65_HS1-834228961_62-HQ-83894_Section_7
Agency: FBI
Page 7
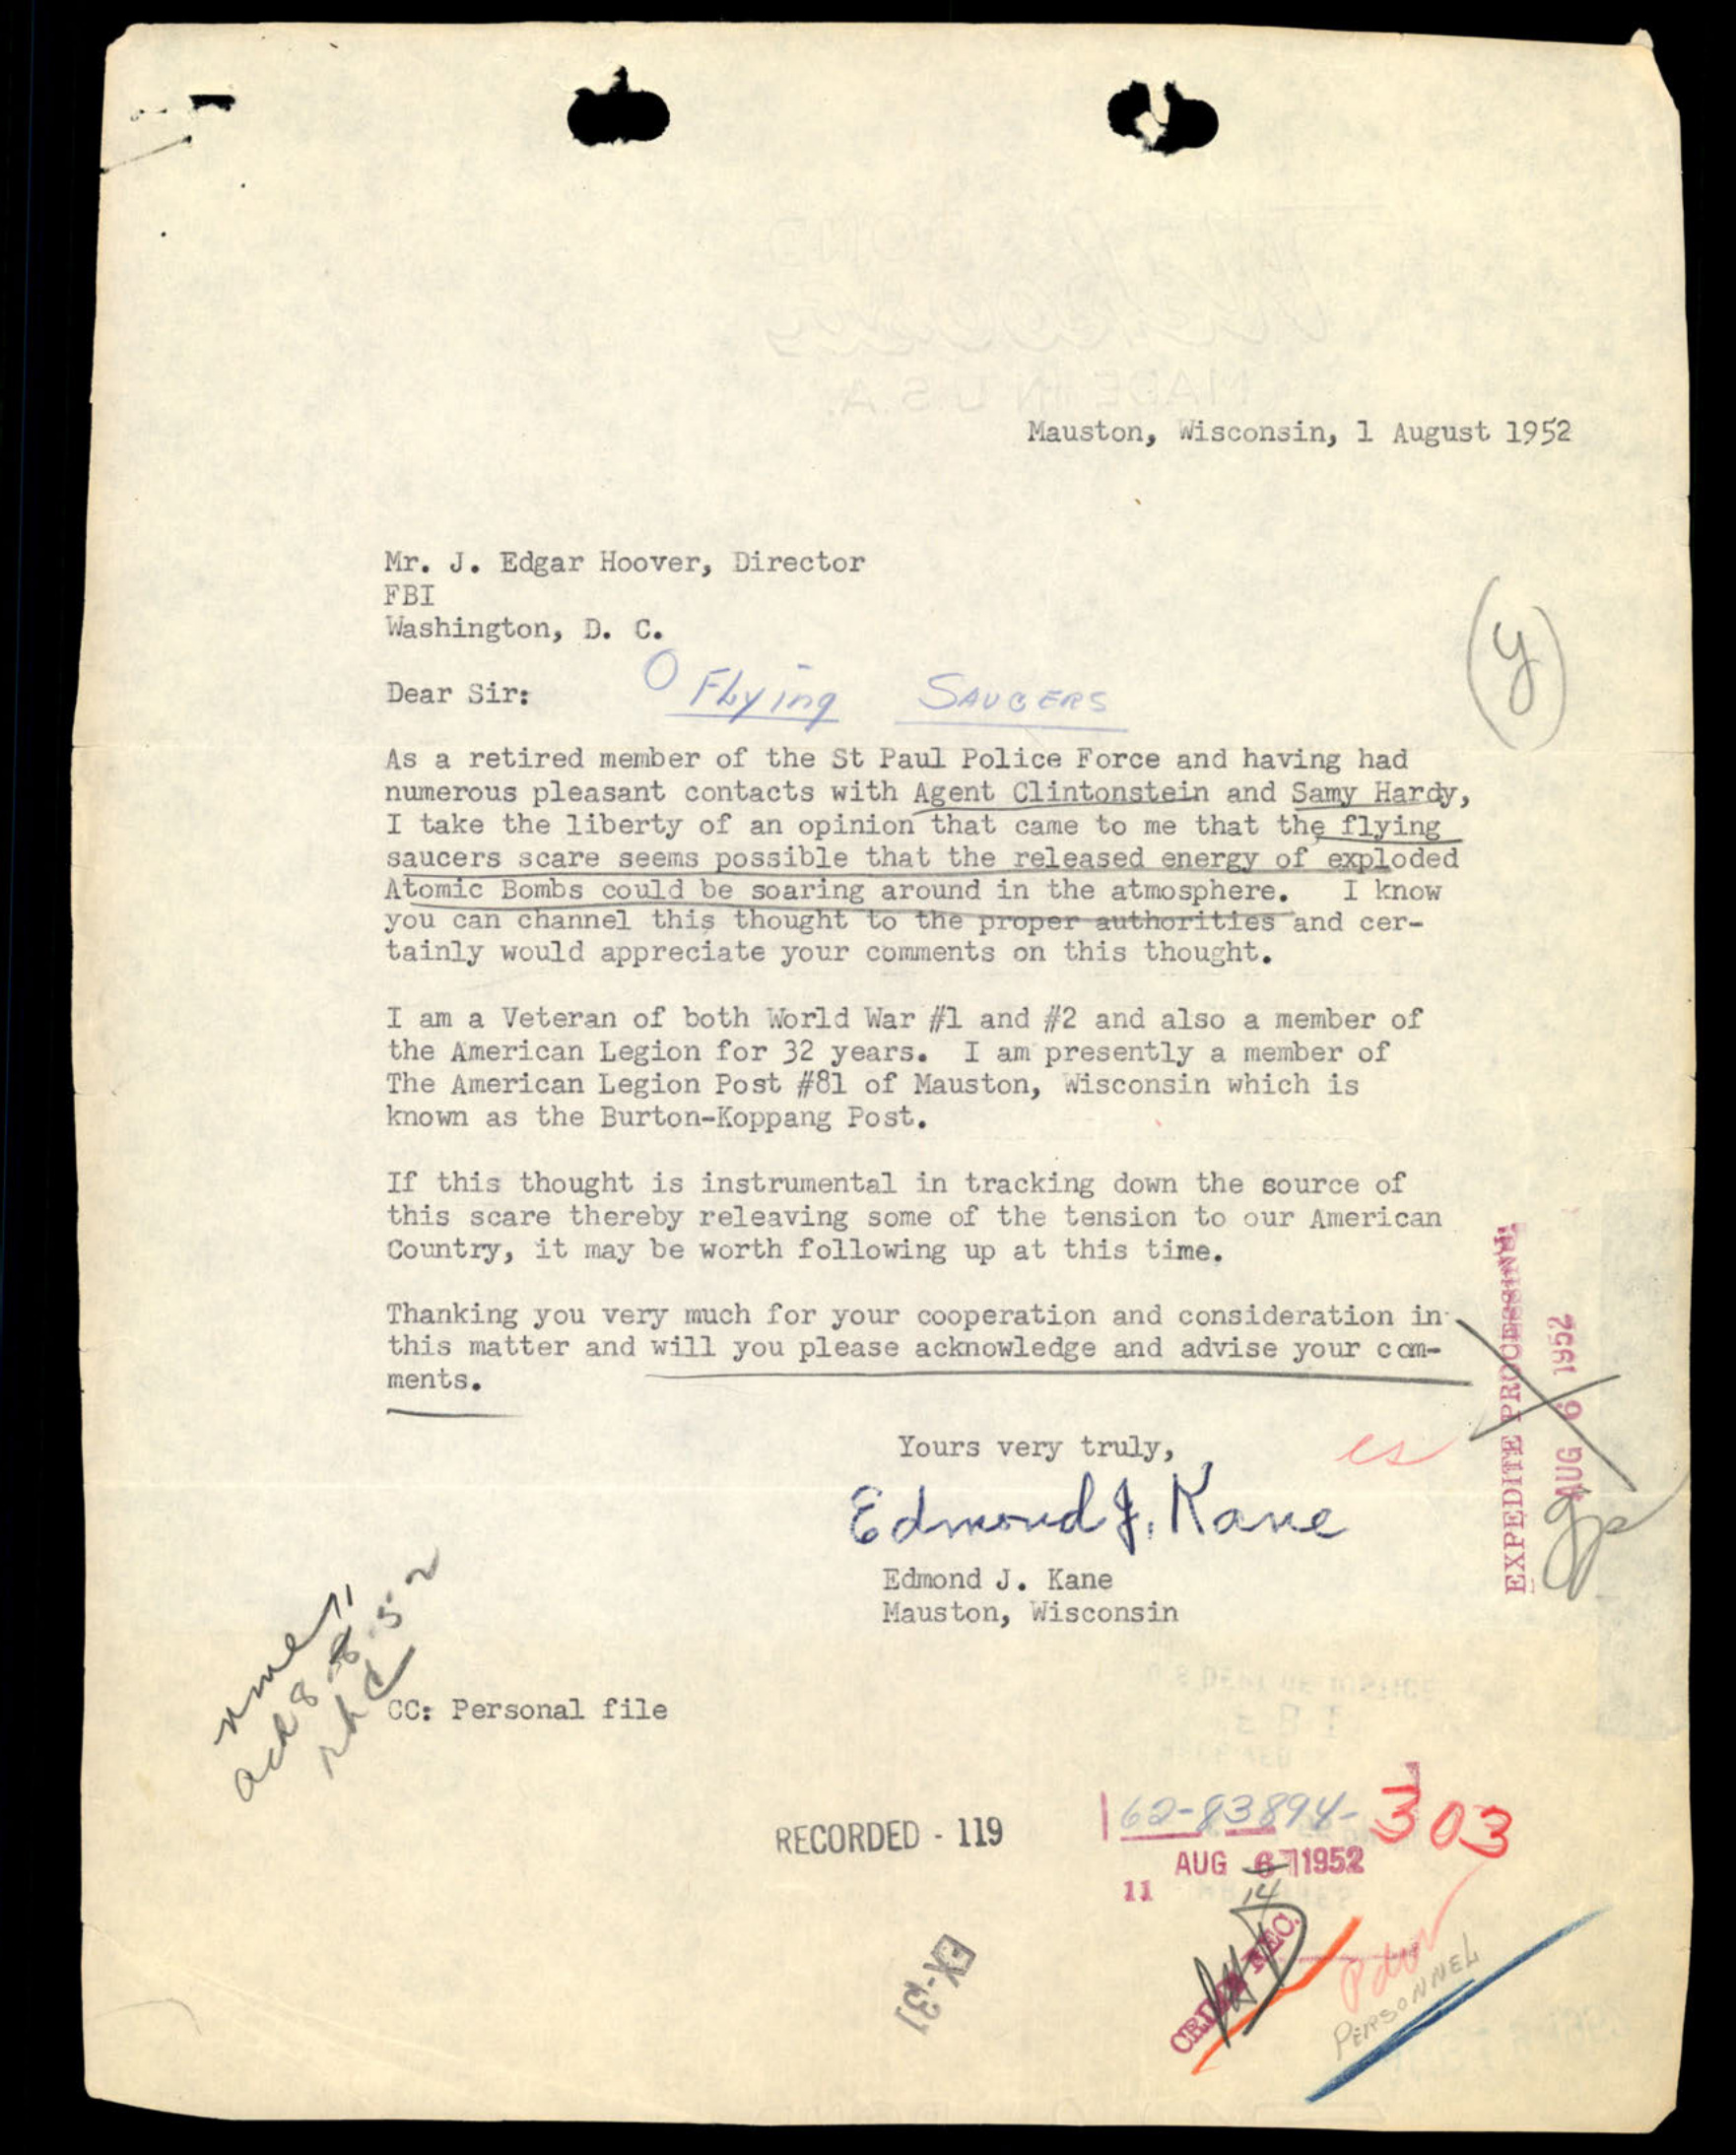